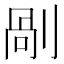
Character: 剮